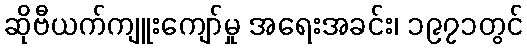
ဆိုဗီယက်ကျူးကျော်မှု အရေးအခင်း၊ ၁၉၇၁တွင်